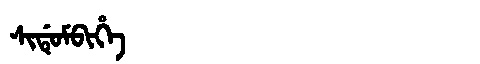
Manchu: ᠰᡳᡩᡠᠮᠪᡳᡥᡝ
Romanization: SIDUMBIHE